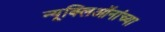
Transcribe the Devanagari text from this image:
न्यूक्लिऑनांच्या